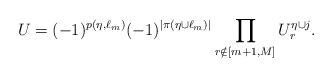
\begin{align*}U=(-1)^{p(\eta,\ell_{m})}(-1)^{|\pi(\eta\cup \ell_m)|} \prod_{r \notin [m+1,M]} U^{\eta \cup j}_r.\end{align*}